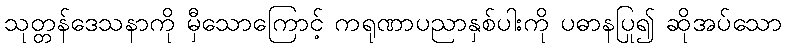
သုတ္တန်ဒေသနာကို မှီသောကြောင့် ကရုဏာပညာနှစ်ပါးကို ပဓာနပြု၍ ဆိုအပ်သော